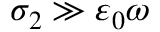
\sigma _ { 2 } \gg \varepsilon _ { 0 } \omega